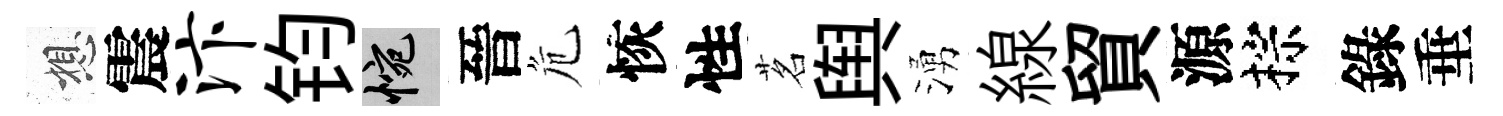
想震汴钧惋晉危恢性茗舆湧線貿源棕錄垂